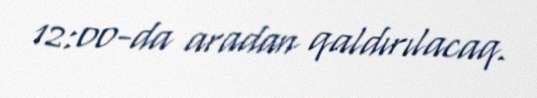
12:00-da aradan qaldırılacaq.